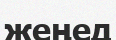
жеңед